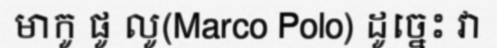
មាកូ ផូ លូ(Marco Polo) ដូច្នេះ វា